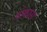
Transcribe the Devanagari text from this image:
तोकास